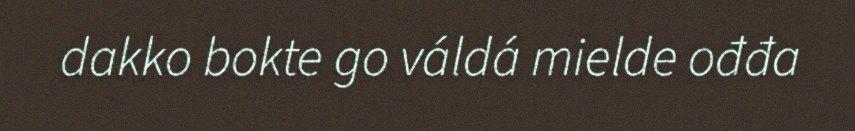
dakko bokte go váldá mielde ođđa